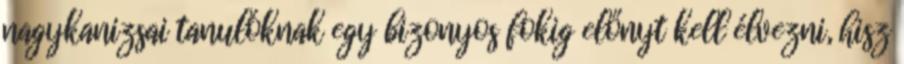
nagykanizsai tanulóknak egy bizonyos fokig előnyt kell élvezni, hisz